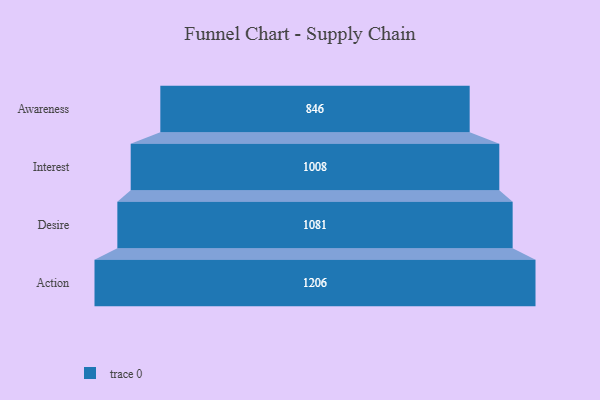
{"axis": {"x": "Stage", "y": "Value"}, "legend": [""], "data": [{"x": "Awareness", "y": 846.0, "type": ""}, {"x": "Interest", "y": 1008.0, "type": ""}, {"x": "Desire", "y": 1081.0, "type": ""}, {"x": "Action", "y": 1206.0, "type": ""}]}